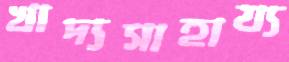
খাদ্যসাহায্য